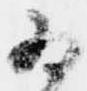
為